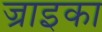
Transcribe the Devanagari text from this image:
ज्राइका